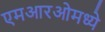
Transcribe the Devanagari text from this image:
एमआरओमध्ये